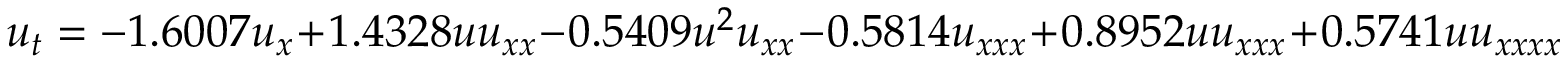
u _ { t } = - 1 . 6 0 0 7 u _ { x } + 1 . 4 3 2 8 u u _ { x x } - 0 . 5 4 0 9 u ^ { 2 } u _ { x x } - 0 . 5 8 1 4 u _ { x x x } + 0 . 8 9 5 2 u u _ { x x x } + 0 . 5 7 4 1 u u _ { x x x x }